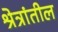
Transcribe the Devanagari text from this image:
श्रेत्रांतील